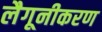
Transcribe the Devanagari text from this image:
लैगूनीकरण